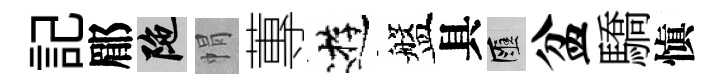
記郿陀㡌蓴逰盤具匯盆驕愼